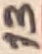
Text: 13